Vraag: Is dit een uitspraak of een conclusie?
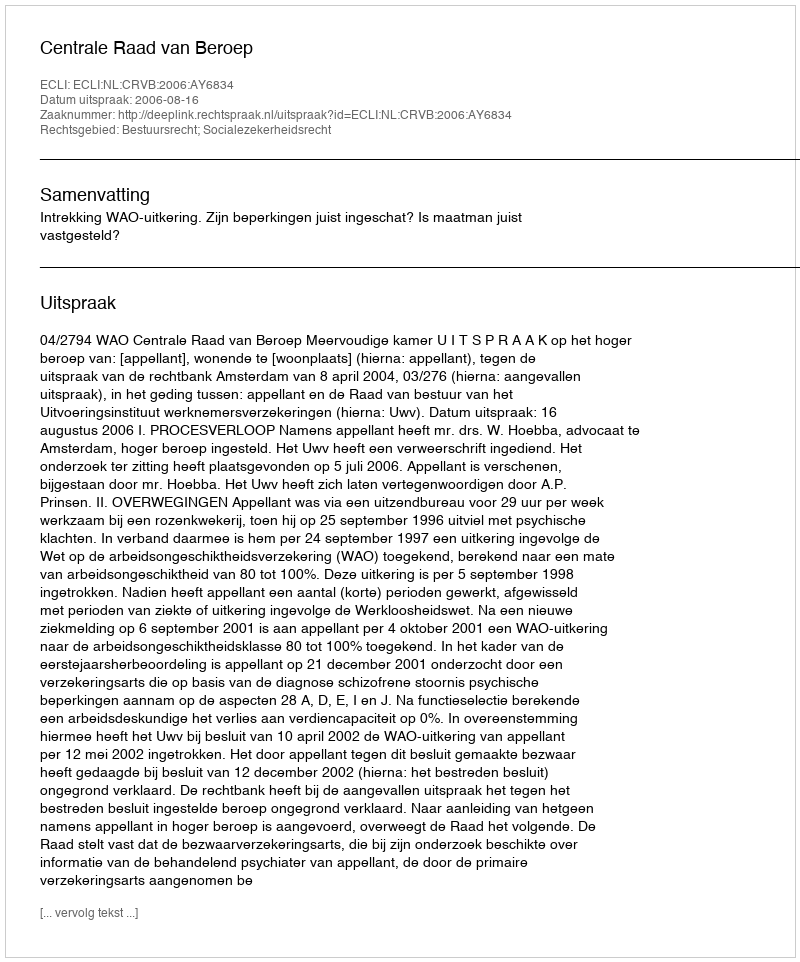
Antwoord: Uitspraak